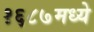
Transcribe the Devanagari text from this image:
१६८७मध्ये